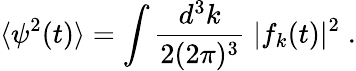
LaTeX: \langle\psi^{2}(t)\rangle=\int\frac{d^{3}k}{2(2\pi)^{3}}\; |f_{k}(t)|^{2}\; .